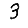
Digit: 3